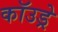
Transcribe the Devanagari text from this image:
कॉउड्रे